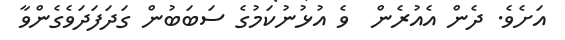
އަށެވެ. ދެން އެއުރެން  ވެ އުޅުނުކަމުގެ ސަބަބުން ގަދަފަދަވެގެންވާ